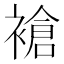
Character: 𬡧